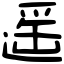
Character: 遥